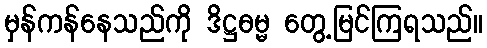
မှန်ကန်နေသည်ကို ဒိဋ္ဌဓမ္မ တွေ့မြင်ကြရသည်။